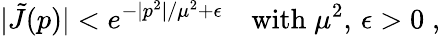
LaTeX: |\tilde{J}(p)|<e^{-|p^{2}|/\mu^{2}+\epsilon}\quad\mathrm{with}\; \mu^{2},\, \epsilon>0\; ,